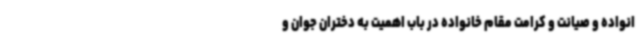
انواده و صیانت و کرامت مقام خانواده در باب اهمیت به دختران جوان و